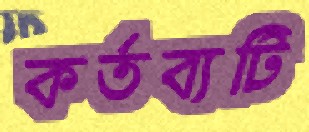
কর্তব্যটি